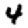
Digit: 4